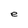
Character: e